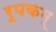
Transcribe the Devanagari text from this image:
रूपकम्